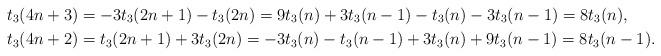
LaTeX: \begin{align*}t_3(4n+3)&=-3t_3(2n+1)-t_3(2n)=9t_3(n)+3t_3(n-1)-t_3(n)-3t_3(n-1)=8t_3(n),\\t_3(4n+2)&=t_3(2n+1)+3t_3(2n)=-3t_3(n)-t_3(n-1)+3t_3(n)+9t_3(n-1)=8t_3(n-1).\end{align*}